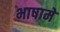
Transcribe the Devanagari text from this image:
भाषामे